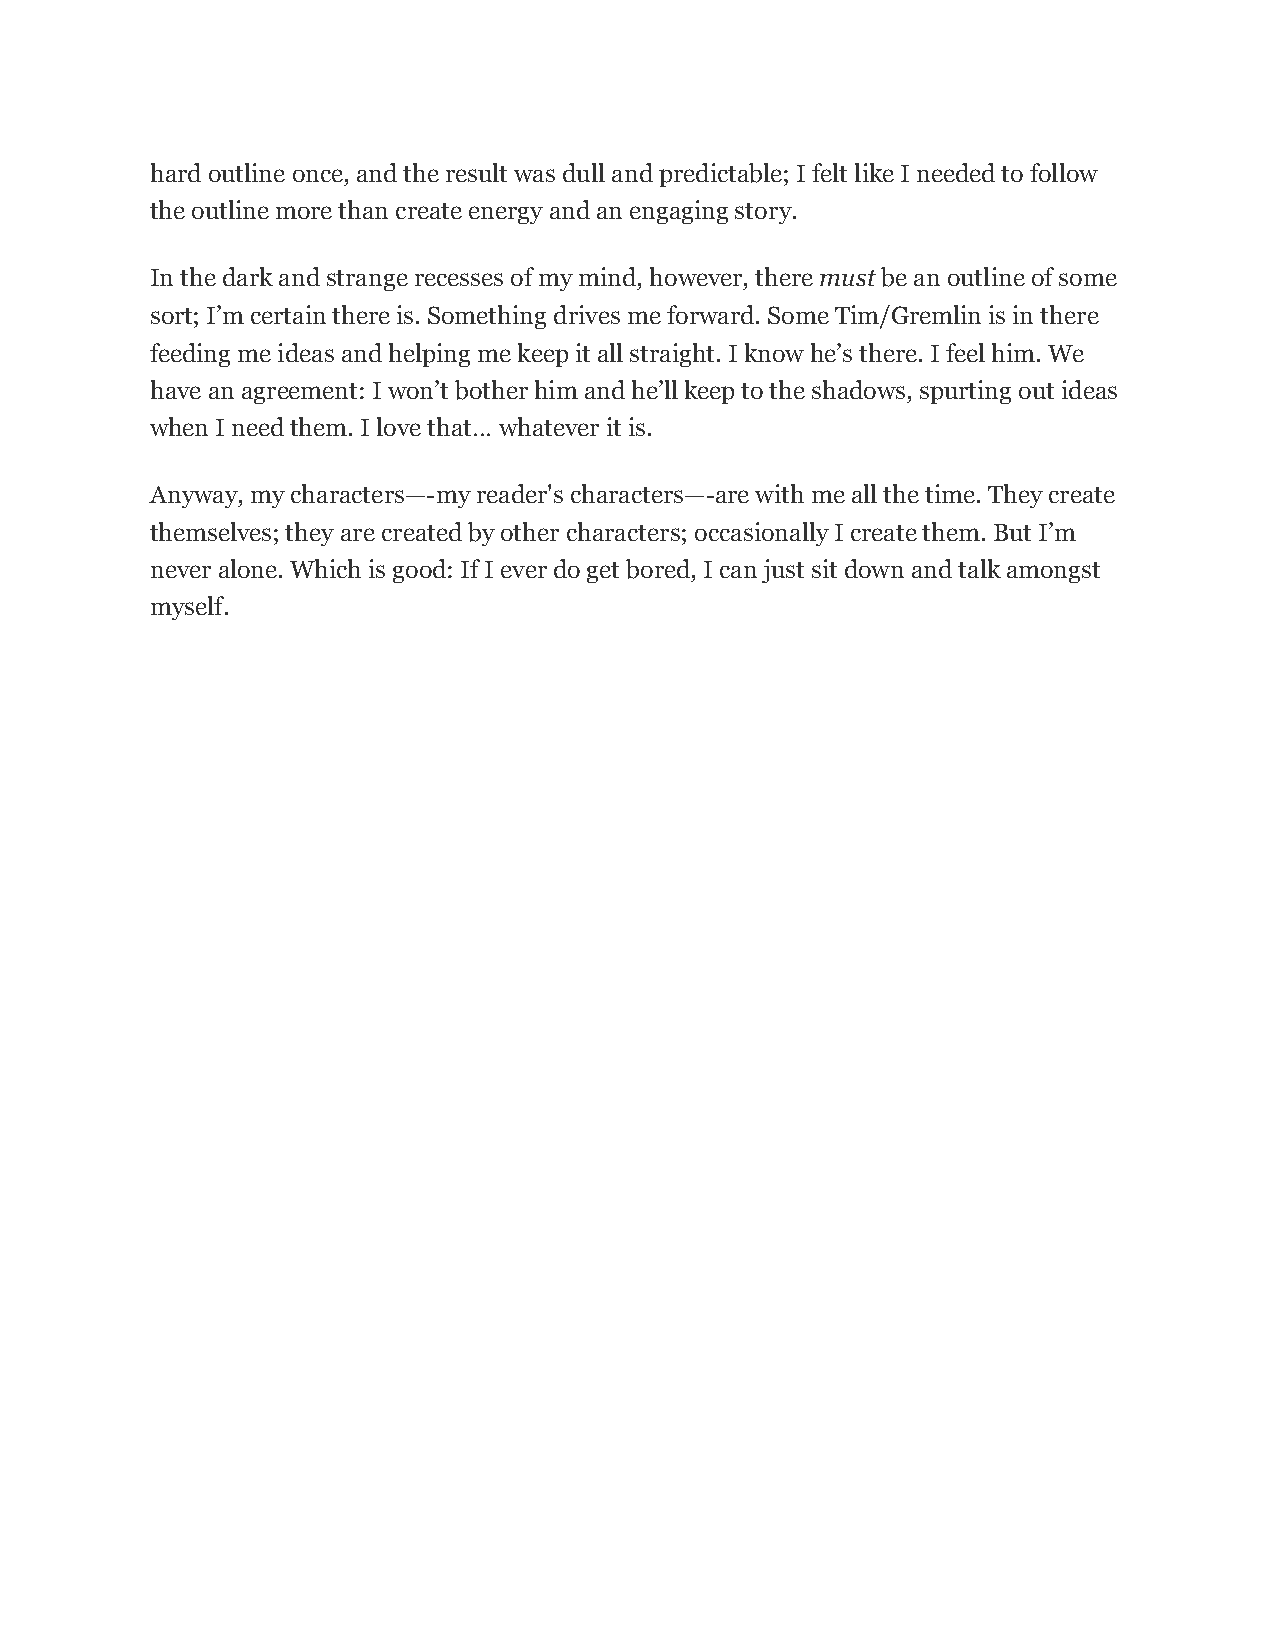
hard outline once, and the result was dull and predictable; I felt like I needed to follow
 the outline more than create energy and an engaging story.
 In the dark and strange recesses of my mind, however, there must be an outline of some
 sort; I’m certain there is. Something drives me forward. Some Tim/Gremlin is in there
 feeding me ideas and helping me keep it all straight. I know he’s there. I feel him. We
 have an agreement: I won’t bother him and he’ll keep to the shadows, spurting out ideas
 when I need them. I love that… whatever it is.
 Anyway, my characters—-my reader's characters—-are with me all the time. They create
 themselves; they are created by other characters; occasionally I create them. But I’m
 never alone. Which is good: If I ever do get bored, I can just sit down and talk amongst
 myself.